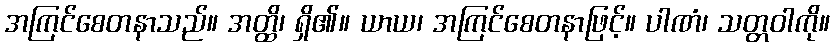
အကြင်စေတနာသည်။ အတ္ထိ၊ ရှိ၏။ ယာယ၊ အကြင်စေတနာဖြင့်။ ပါဏံ၊ သတ္တဝါကို။